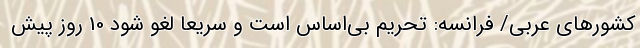
کشورهای عربی/ فرانسه: تحریم بی‌اساس است و سریعا لغو شود 10 روز پیش